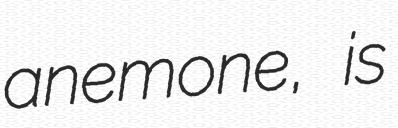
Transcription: anemone, is